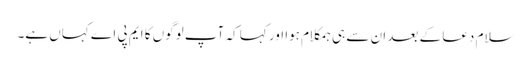
سلام دعا کے بعد ان سے ہی ہمکلام ہوا اور کہا کہ آپ لوگوں کا ایم پی اے کہاں ہے۔